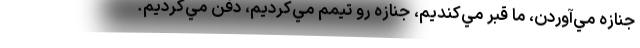
جنازه مي‌آوردن، ما قبر مي‌كنديم، جنازه رو تيمم مي‌كرديم، دفن مي‌كرديم.